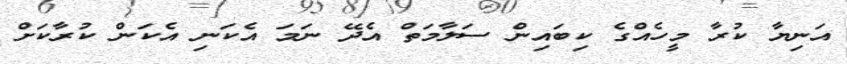
އަނިޔާ ކުރާ މީހެއްގެ ކިބައިން ސަލާމަތް އެދޭ ނަމަ އެކަނި އެކަން ކުރާކަށް